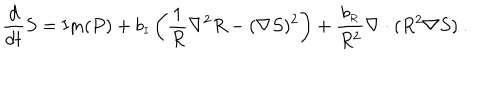
{ \frac { d } { d t } } S = \mathrm { I m } ( P ) + b _ { \scriptscriptstyle I } \left( \frac { 1 } { R } \nabla ^ { 2 } R - ( \nabla S ) ^ { 2 } \right) + { \frac { b _ { \scriptscriptstyle R } } { R ^ { 2 } } } \nabla \cdot ( R ^ { 2 } \nabla S ) ~ . ~ ~